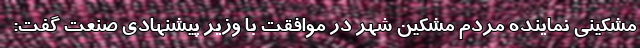
مشکینی نماینده مردم مشکین شهر در موافقت با وزیر پیشنهادی صنعت گفت: